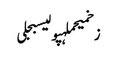
زخمیحملہپولیسبجلی